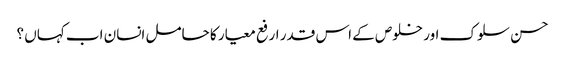
حسن سلوک اور خلوص کے اس قدر ارفع معیار کا حامل انسان اب کہاں ؟